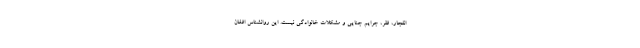
انفجار، فقر، جرایم جنایی و مشکلات خانوادگی نیست. این روانشناس افغان